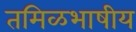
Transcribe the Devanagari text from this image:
तमिळभाषीय